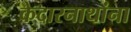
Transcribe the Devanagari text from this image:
केदारनाथांना